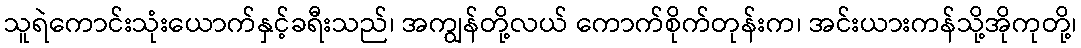
သူရဲကောင်းသုံးယောက်နှင့်ခရီးသည်၊ အကျွန်တို့လယ် ကောက်စိုက်တုန်းက၊ အင်းယားကန်သို့အိုကုတို့၊